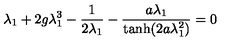
\lambda _ { 1 } + 2 g \lambda _ { 1 } ^ { 3 } - { \frac { 1 } { 2 \lambda _ { 1 } } } - { \frac { a \lambda _ { 1 } } { { \tanh } ( 2 a \lambda _ { 1 } ^ { 2 } ) } } = 0